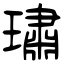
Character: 璛